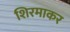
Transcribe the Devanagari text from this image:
शिरमाकर